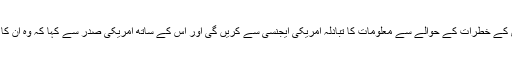
صدر پوتن نے ٹیلی فون پر صدر ٹرمپ کو بتایا کہ روس کی سپیشل سروسز دہشت گردی کے خطرات کے حوالے سے معلومات کا تبادلہ امریکی ایجنسی سے کریں گی اور اس کے ساتھ امریکی صدر سے کہا کہ وہ ان کا شکریہ سی آئی اے کے ڈائریکٹر اور ان معلومات میں مدد دینے والوں تک بھی پہنچا دیں۔